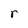
Character: r